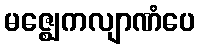
မဇ္ဈေကလျာဏံပေ